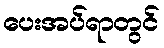
ပေးအပ်ရာတွင်